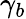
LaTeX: \gamma_{b}